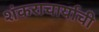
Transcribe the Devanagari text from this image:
शंकराचार्याची